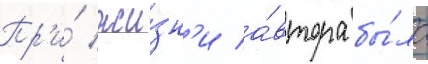
Пр'и́ жи́зн'и а́втора бы́ло